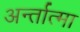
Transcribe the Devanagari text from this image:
अर्न्तात्मा